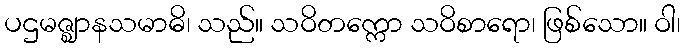
ပဌမဇ္ဈာနသမာဓိ၊ သည်။ သဝိတက္ကော သဝိစာရော၊ ဖြစ်သော။ ဝါ၊